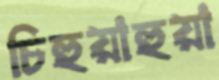
চিহুয়াহুয়া